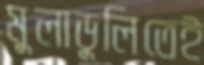
মুলাডুলিতেই